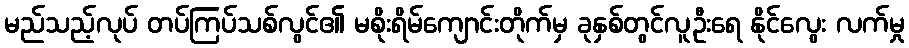
မည်သည့်လုပ် တပ်ကြပ်သစ်လွင်၏ မစိုးရိမ်ကျောင်းတိုက်မှ ခုနှစ်တွင်လူဦးရေ နိုင်လွေး လက်မှု